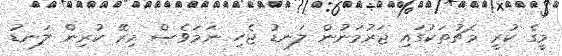
މީގެ ކުރީ މެޗުތަކުގައި ޖަރުމަނުން ލަނޑު ޖެހި ނަމަވެސް މިރޭ ކުރިން ލަނޑު